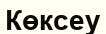
Көксеу